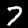
Digit: 7